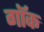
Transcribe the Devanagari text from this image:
गॉक